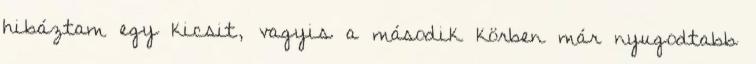
hibáztam egy kicsit, vagyis a második körben már nyugodtabb